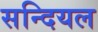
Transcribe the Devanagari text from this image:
सन्दियल